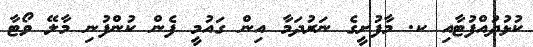
ކުޅުދުއްފުޓާއި ކ. މާފުށީގެ ނަރުދަމާ އިން ގައުމީ ފެން ކުންފުނި މާލޭ ވޯޓާ